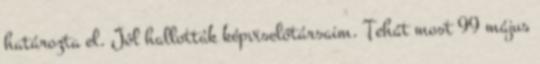
határozta el. Jól hallották képviselőtársaim. Tehát most 99 május